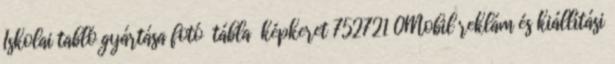
Iskolai tabló gyártása fotó tábla képkeret 752721 0Mobil reklám és kiállítási